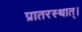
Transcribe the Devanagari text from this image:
प्रातरस्थात्।